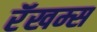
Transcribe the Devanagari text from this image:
रॅखम्स